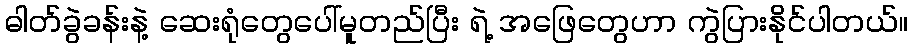
ဓါတ်ခွဲခန်းနဲ့ ဆေးရုံတွေပေါ်မူတည်ပြီး ရဲ့ အဖြေတွေဟာ ကွဲပြားနိုင်ပါတယ်။